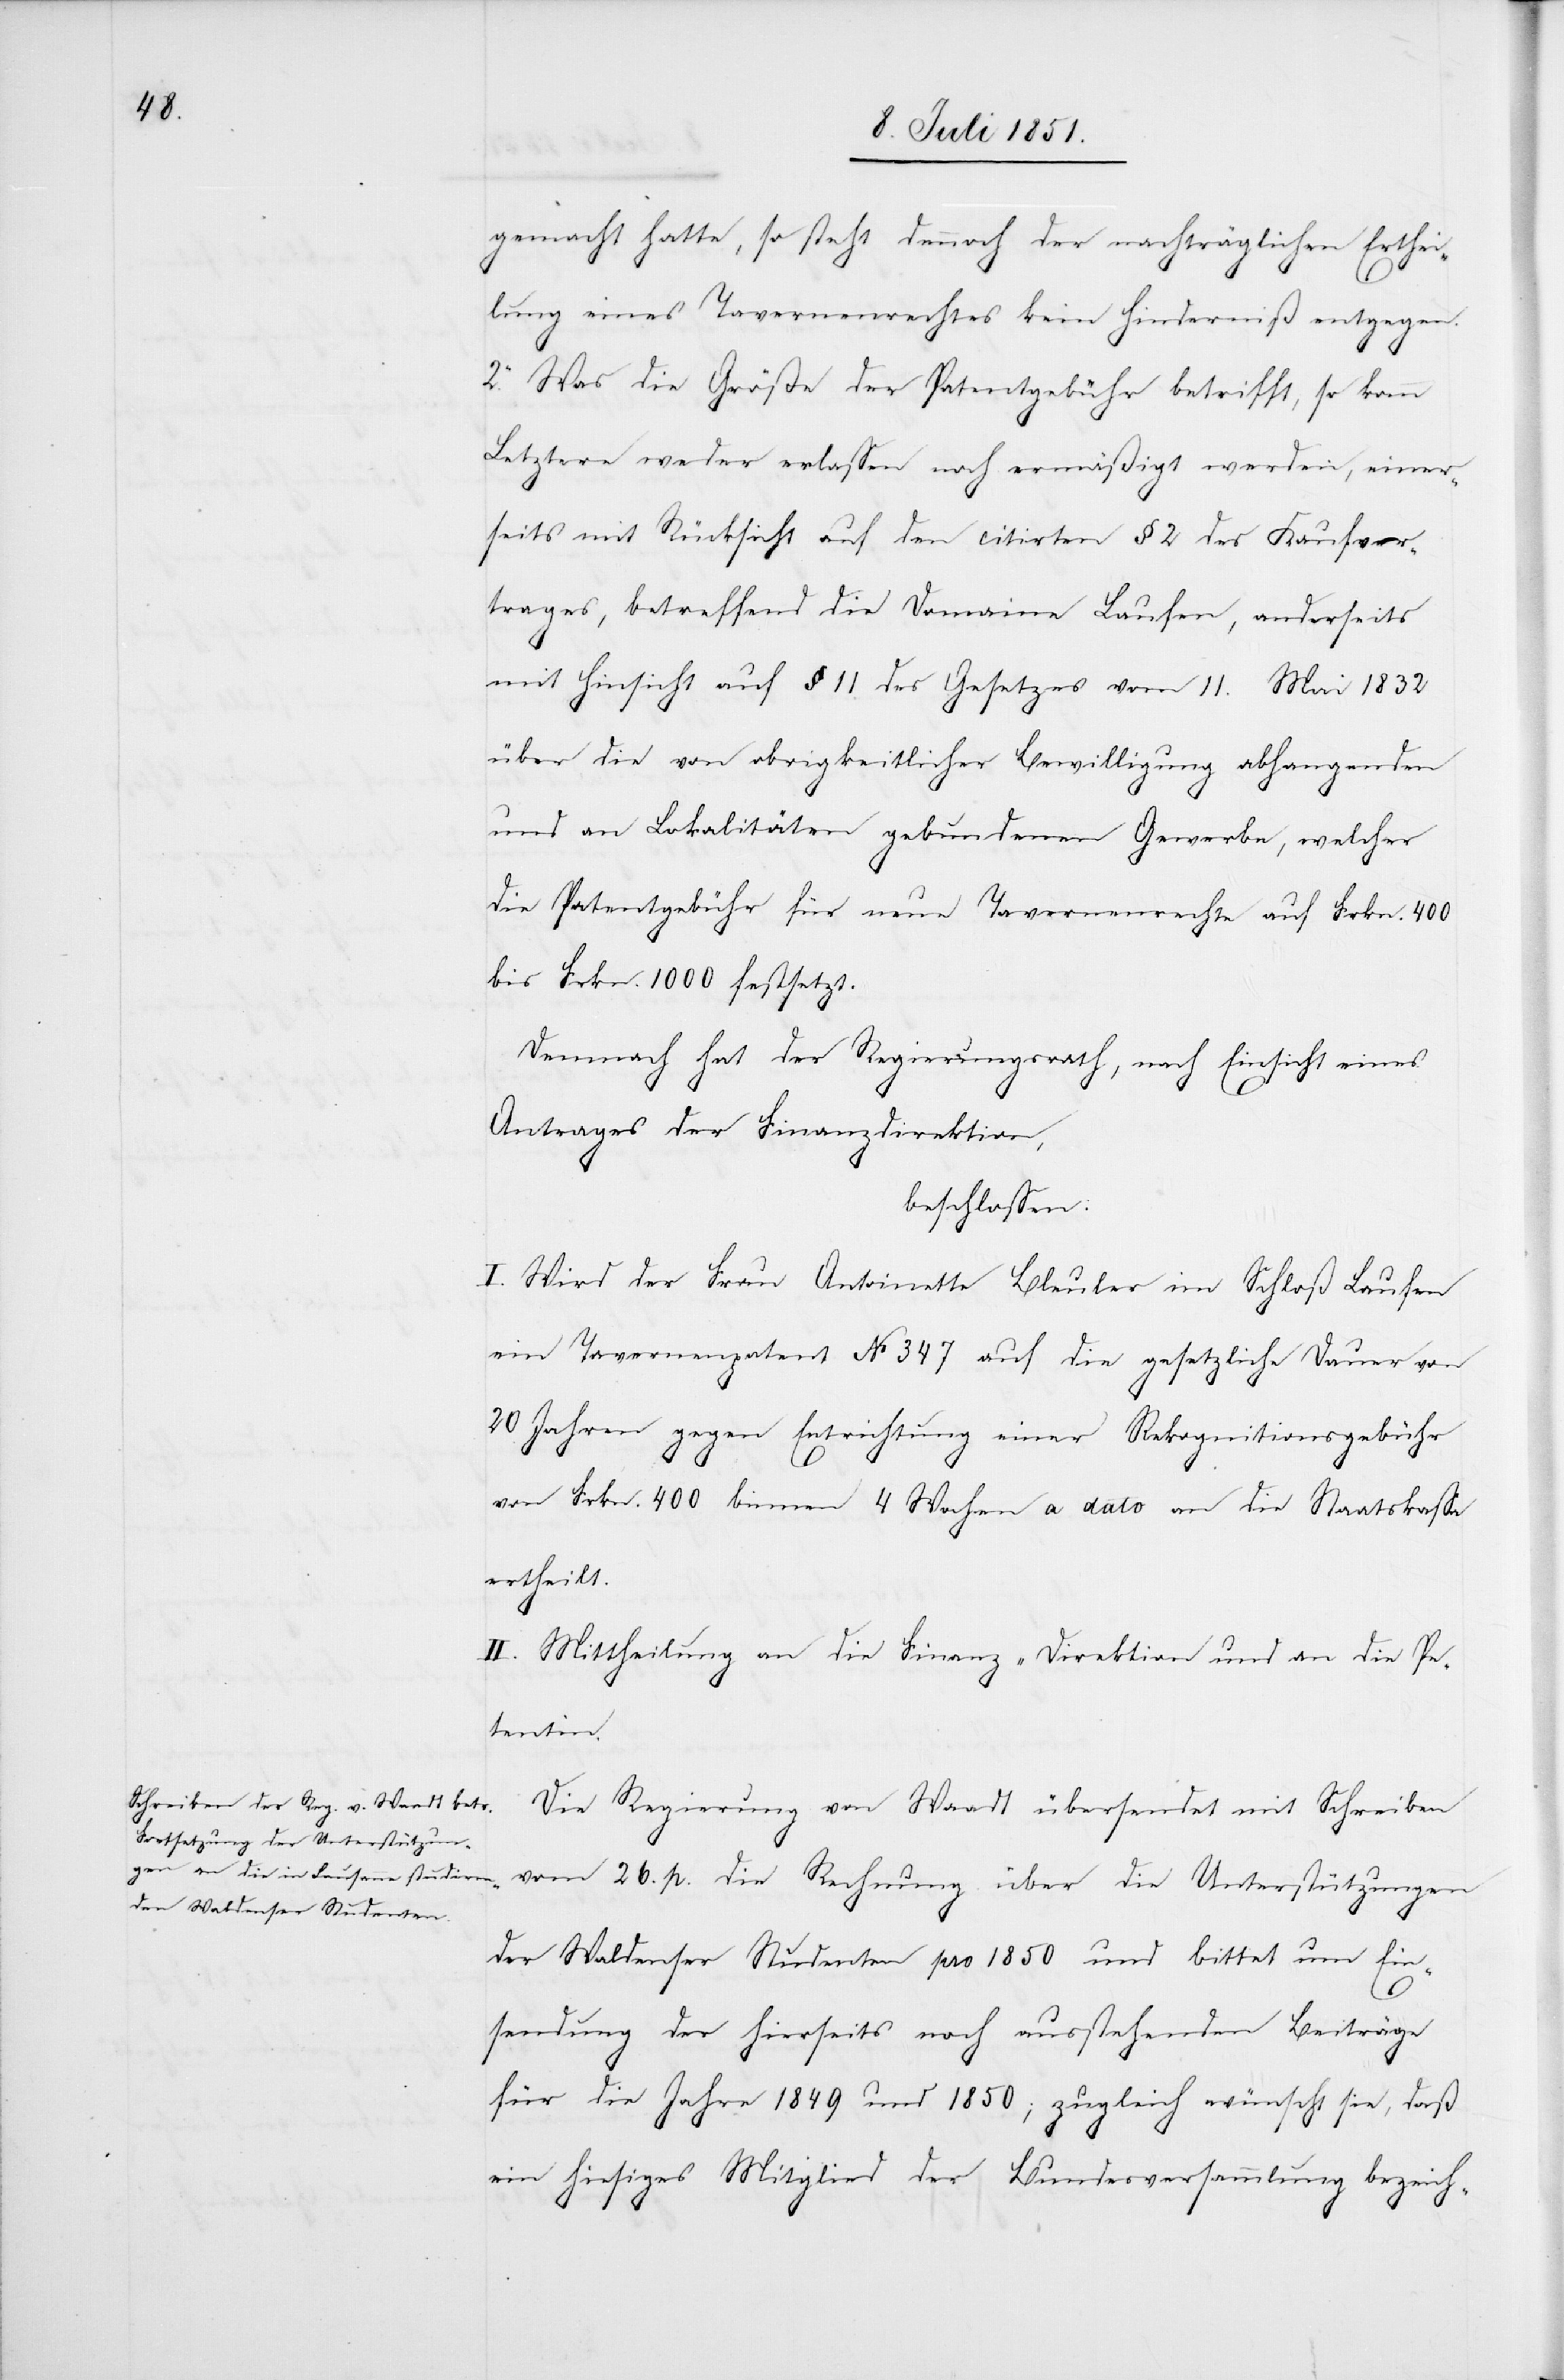
gemacht hatte, so steht dennoch der nachträglichen Erthei¬
lung eines Tavernenrechtes kein Hinderniß entgegen.
2. Was die Größe der Patentgebühr betrifft, so kann
Letztere weder erlassen noch ermäßigt werden, einer¬
seits mit Rücksicht auf den citirten § 2 des Kaufver¬
trages, betreffend die Domaine Laufen, anderseits
mit Hinsicht auf § 11 des Gesetzes vom 11. Mai 1832
über die von obrigkeitlicher Bewilligung abhangenden
und an Lokalitäten gebundenen Gewerbe, welcher
die Patentgebühr für neue Tavernenrechte auf Frkn. 400
bis Frkn. 1000 festsetzt.
Demnach hat der Regierungsrath, nach Einsicht eines
Antrages der Finanzdirektion,
beschlossen:
I. Wird der Frau Antoinette Bleuler im Schloß Laufen
ein Tavernenpatent No 347 auf die gesetzliche Dauer von
20 Jahren gegen Entrichtung einer Rekognitionsgebühr
von Frkn. 400 binnen 4 Wochen a dato an die Staatskassa
ertheilt.
II. Mittheilung an die Finanz-Direktion und an die Pe¬
tentin.
Die Regierung von Waadt übersendet mit Schreiben
vom 26. p. die Rechnung über die Unterstützungen
der Waldenser Studenten pro 1850 und bittet um Ein¬
sendung der hierseits noch ausstehenden Beiträge
für die Jahre 1849 und 1850; zugleich wünscht sie, daß
ein hiesiges Mitglied der Bundesversammlung bezeich-